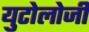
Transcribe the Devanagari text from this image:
युटोलोजी